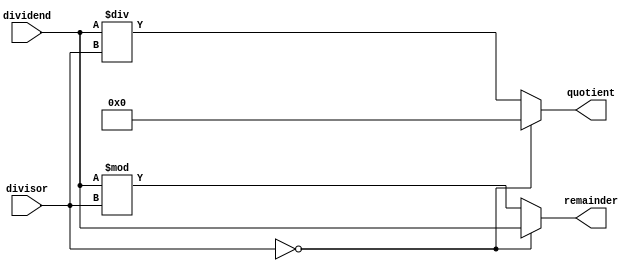
module AsynchronousDivider (
    input  wire [31:0] dividend,
    input  wire [31:0] divisor,
    output reg  [31:0] quotient,
    output reg  [31:0] remainder
);

always @* begin
    if (divisor == 0) begin
        // Division by zero handling
        quotient  <= 32'b0;
        remainder <= dividend;
    end else begin
        quotient  <= dividend / divisor;
        remainder <= dividend % divisor;
    end
end

endmodule